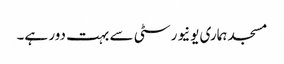
مسجد ہماری یونیورسٹی سے بہت دور ہے۔